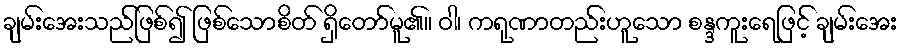
ချမ်းအေးသည်ဖြစ်၍ ဖြစ်သောစိတ် ရှိတော်မူ၏။ ဝါ၊ ကရုဏာတည်းဟူသော စန္ဒကူးရေဖြင့် ချမ်းအေး